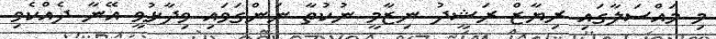
މި މައްސަލާގައި ރިޔާޒް ރަޝީދު ނިޒާމީ ނުކުތާ ނަންގަވައި ވިދާޅުވީ އޭނާ ދެއްކެވި